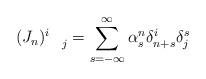
LaTeX: \begin{align*}(J_{n})_{\quad j}^{i}=\sum_{s=-\infty }^{\infty }\alpha _{s}^{n}\delta_{n+s}^{i}\delta _{j}^{s}\end{align*}